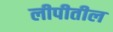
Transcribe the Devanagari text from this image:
लीपीतील